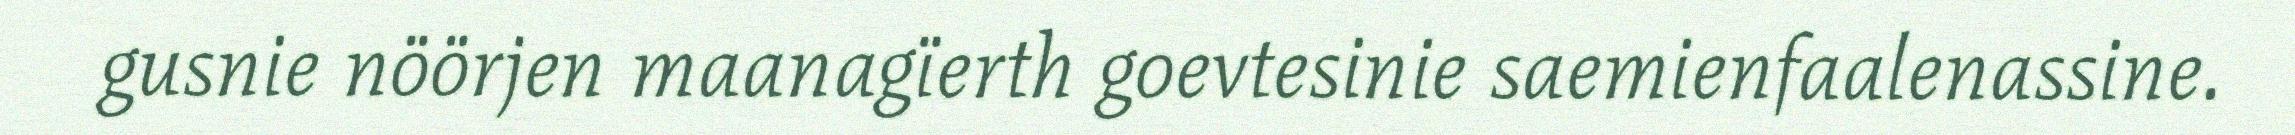
gusnie nöörjen maanagïerth goevtesinie saemienfaalenassine.